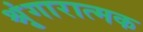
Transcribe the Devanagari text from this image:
श्रृंगारात्मक